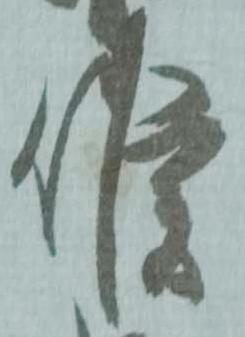
候